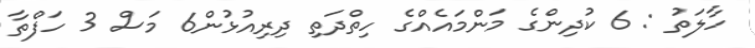
ހާލަތު : 6 ކުދިންގެ މަންމައެއްގެ ހިތްދަތި ދިރިއުޅުން6 މަސް 3 ހަފްތާ